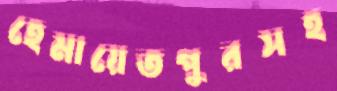
হেমায়েতপুরসহ